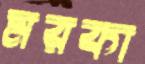
মরকা